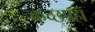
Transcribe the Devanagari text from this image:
कच्छपहा